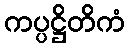
ကပ္ပဋ္ဌိတိကံ